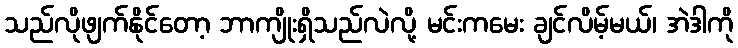
သည်လိုဖျက်နိုင်တော့ ဘာကျိုးရှိသည်လဲလို့ မင်းကမေး ချင်လိမ့်မယ်၊ အဲဒါကို